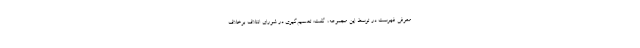
معرفی فهرست در توسط این مجموعه، گفت: تصمیم‌گیری در شورای ائتلاف برخلاف